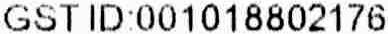
GST ID:001018802176